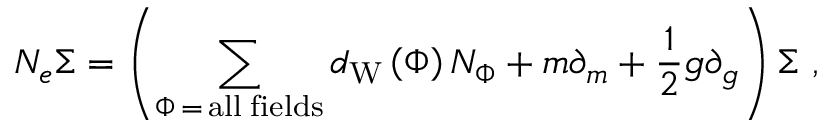
N _ { e } \Sigma = \left( \sum _ { \Phi \, = \, \mathrm { a l l \; f i e l d s } } d _ { \mathrm { W } } \left( \Phi \right) N _ { \Phi } + m \partial _ { m } + \frac 1 2 g \partial _ { g } \right) \Sigma \, \, ,